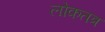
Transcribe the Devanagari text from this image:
लोकतत्र